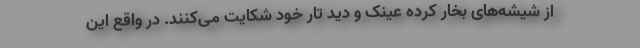
از شیشه‌های بخار کرده عینک و دید تار خود شکایت می‌کنند. در واقع این